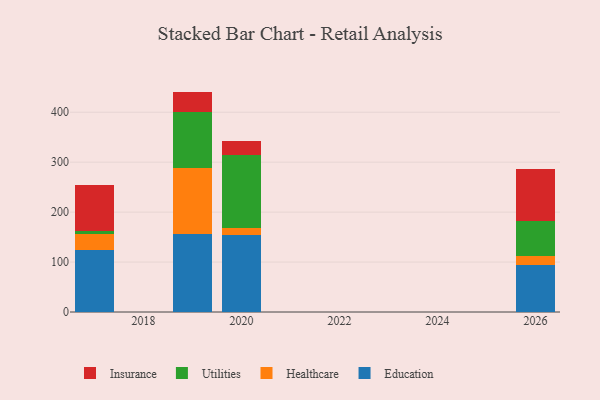
{"axis": {"x": "Year", "y": "Active Users"}, "legend": ["Education", "Healthcare", "Insurance", "Utilities"], "data": [{"x": "2020", "y": 155.1, "type": "Education"}, {"x": "2020", "y": 13.8, "type": "Healthcare"}, {"x": "2020", "y": 145.7, "type": "Utilities"}, {"x": "2020", "y": 27.4, "type": "Insurance"}, {"x": "2026", "y": 94.3, "type": "Education"}, {"x": "2026", "y": 18.0, "type": "Healthcare"}, {"x": "2026", "y": 70.3, "type": "Utilities"}, {"x": "2026", "y": 102.9, "type": "Insurance"}, {"x": "2019", "y": 156.9, "type": "Education"}, {"x": "2019", "y": 131.6, "type": "Healthcare"}, {"x": "2019", "y": 111.5, "type": "Utilities"}, {"x": "2019", "y": 41.3, "type": "Insurance"}, {"x": "2017", "y": 123.9, "type": "Education"}, {"x": "2017", "y": 32.5, "type": "Healthcare"}, {"x": "2017", "y": 6.0, "type": "Utilities"}, {"x": "2017", "y": 91.7, "type": "Insurance"}]}